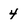
Character: 4